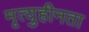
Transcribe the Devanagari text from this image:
मृत्युहीनता